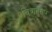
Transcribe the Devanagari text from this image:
चित्रानुसार